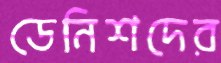
ডেনিশদের